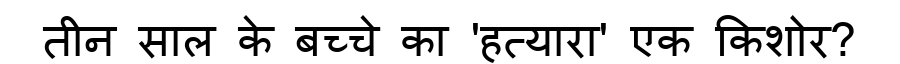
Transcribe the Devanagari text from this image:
तीन साल के बच्चे का 'हत्यारा' एक किशोर?